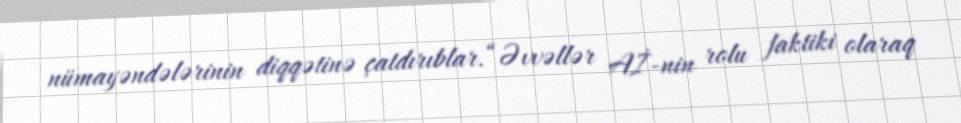
nümayəndələrinin diqqətinə çatdırıblar.“Əvvəllər Aİ-nin rolu faktiki olaraq